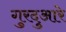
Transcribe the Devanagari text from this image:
गुरदुआरे